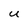
Character: U